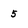
Character: 5